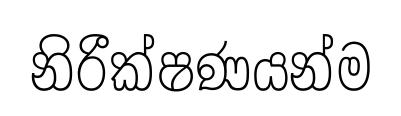
නිරීක්ෂණයන්ම